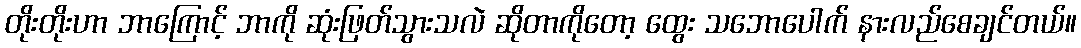
တိုးတိုးဟာ ဘာကြောင့် ဘာကို ဆုံးဖြတ်သွားသလဲ ဆိုတာကိုတော့ ထွေး သဘောပေါက် နားလည်စေချင်တယ်။